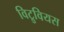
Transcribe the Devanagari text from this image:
विट्रुवियस